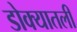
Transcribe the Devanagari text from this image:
डोक्यातली